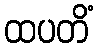
ထပတိံ